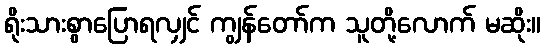
ရိုးသားစွာပြောရလျှင် ကျွန်တော်က သူတို့လောက် မဆိုး။